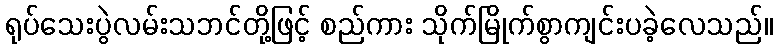
ရုပ်သေးပွဲလမ်းသဘင်တို့ဖြင့် စည်ကား သိုက်မြိုက်စွာကျင်းပခဲ့လေသည်။